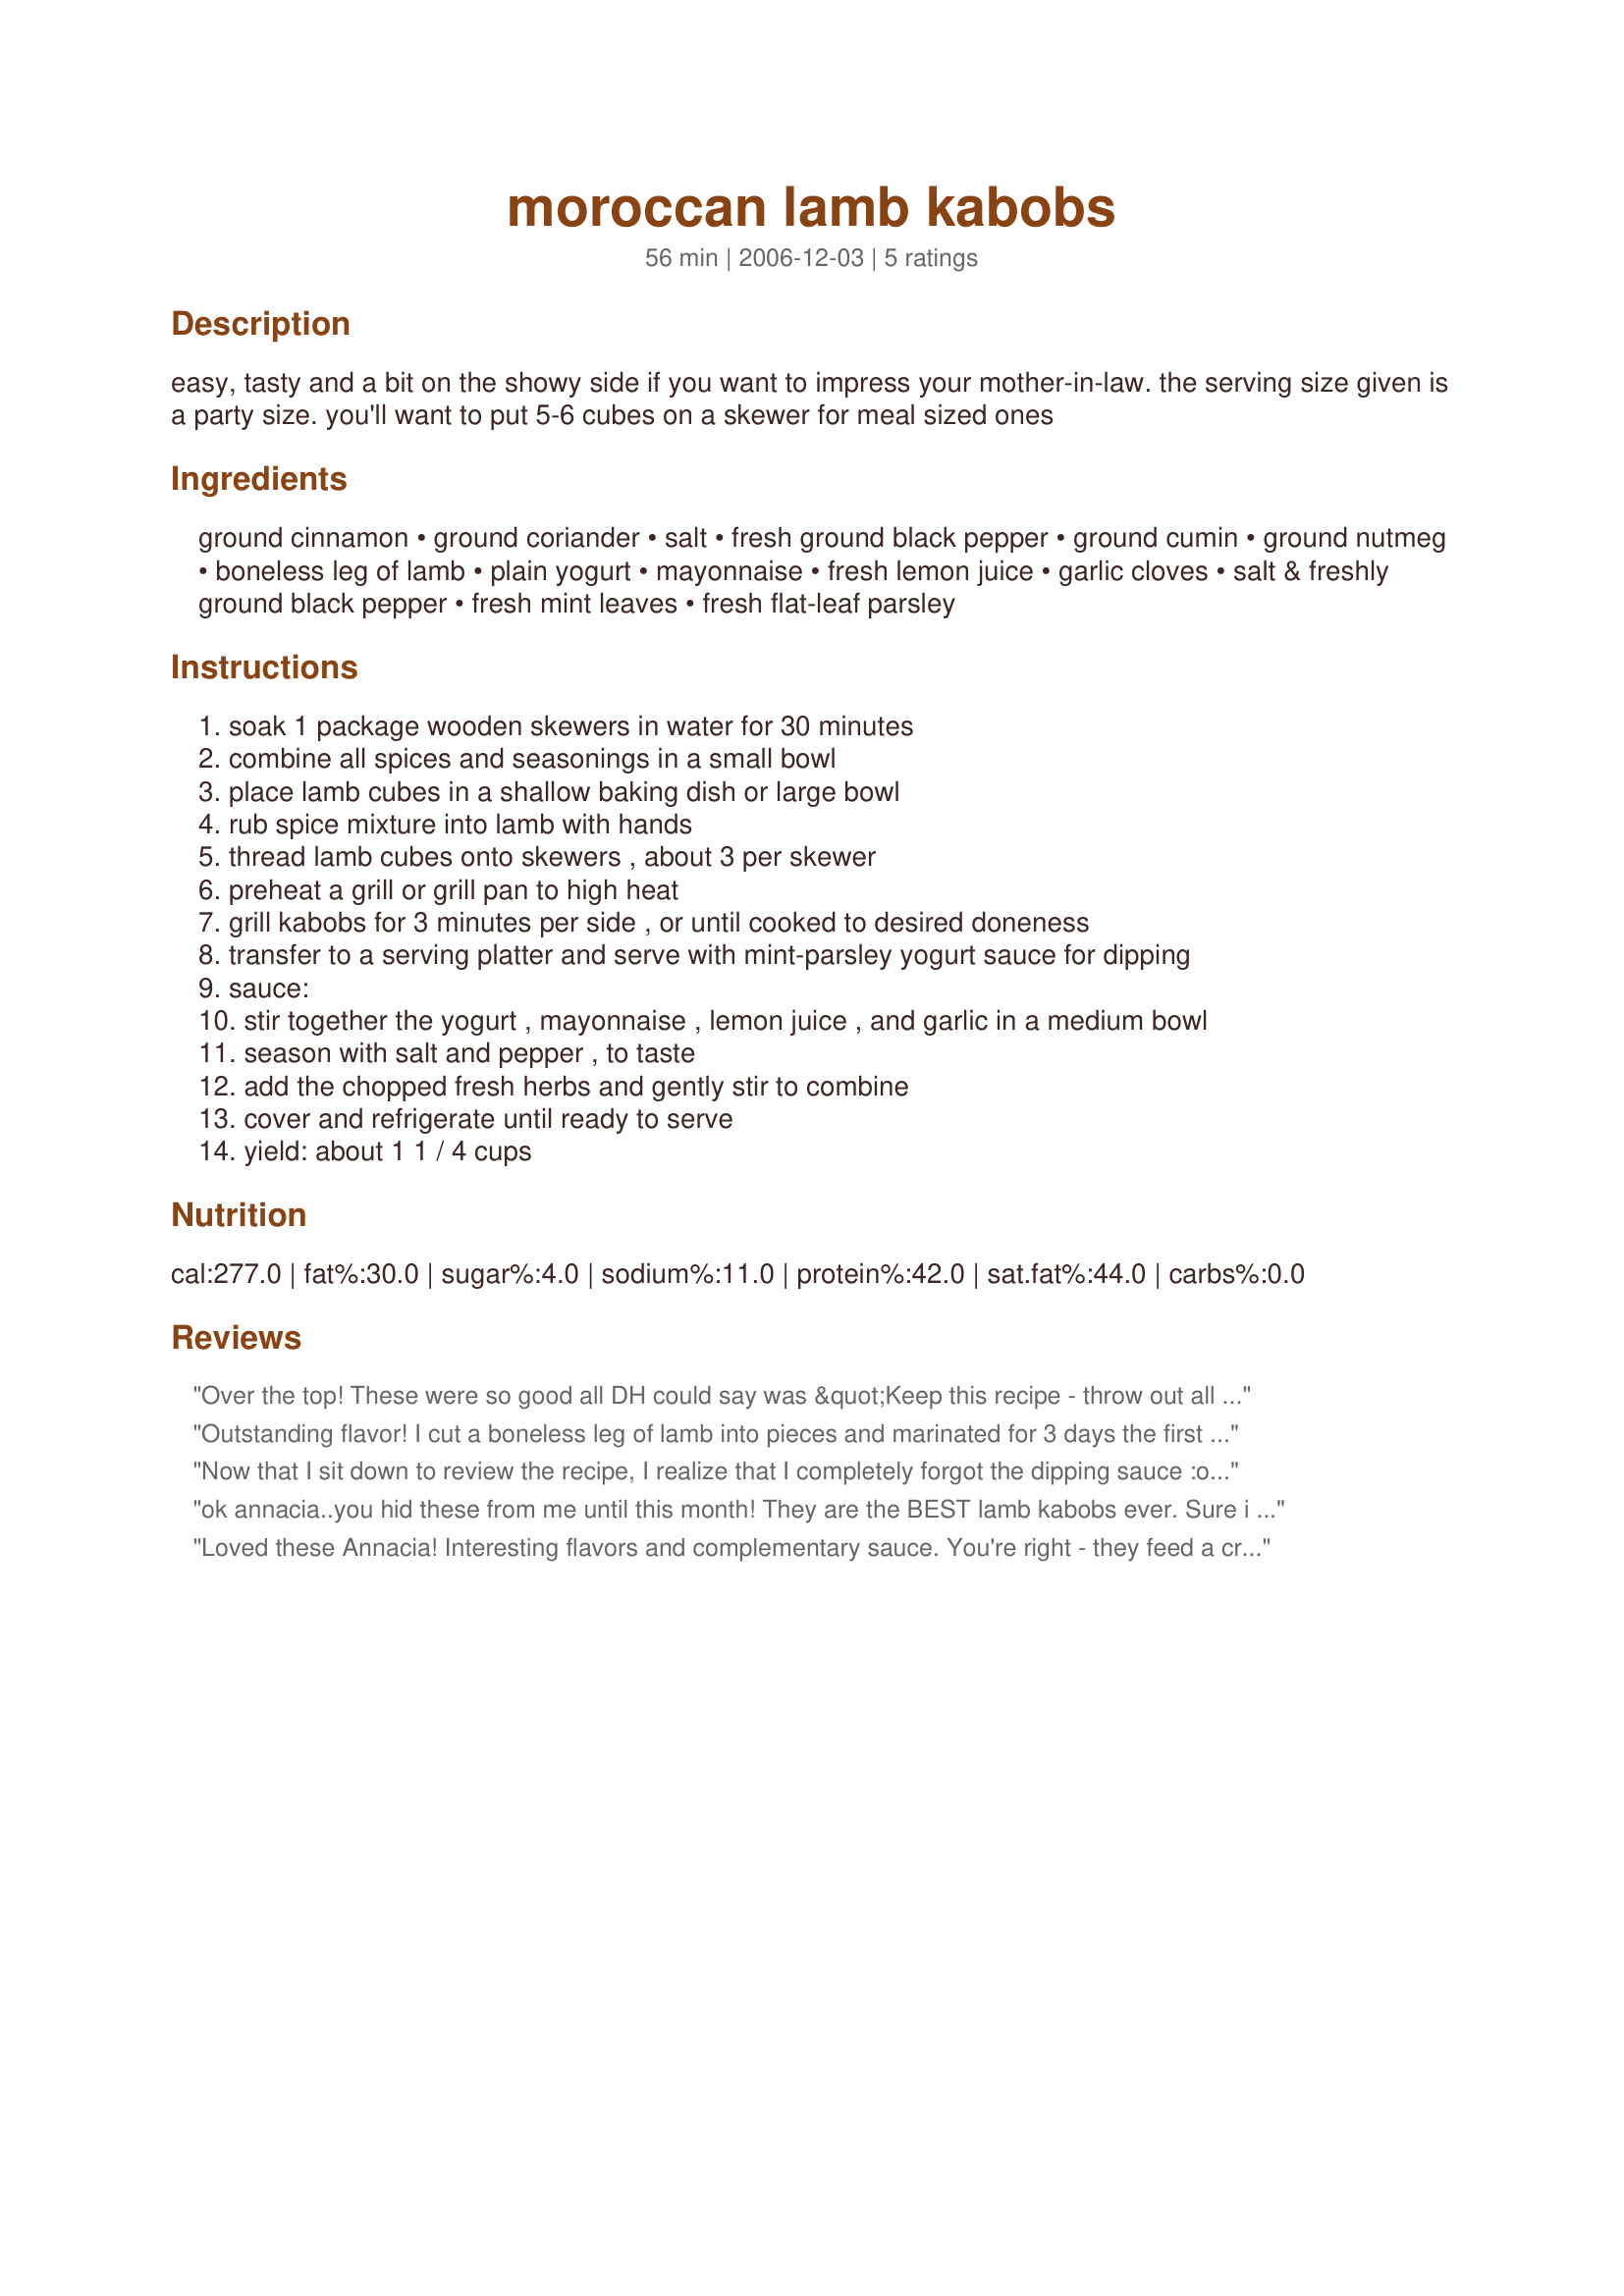
moroccan lamb kabobs
Preparation time: 56 minutes

easy, tasty and a bit on the showy side if you want to impress your mother-in-law. the serving size given is a party size. you'll want to put 5-6 cubes on a skewer for meal sized ones

Ingredients:
ground cinnamon, ground coriander, salt, fresh ground black pepper, ground cumin, ground nutmeg, boneless leg of lamb, plain yogurt, mayonnaise, fresh lemon juice, garlic cloves, salt & freshly ground black pepper, fresh mint leaves, fresh flat-leaf parsley

Steps:
soak 1 package wooden skewers in water for 30 minutes
combine all spices and seasonings in a small bowl
place lamb cubes in a shallow baking dish or large bowl
rub spice mixture into lamb with hands
thread lamb cubes onto skewers , about 3 per skewer
preheat a grill or grill pan to high heat
grill kabobs for 3 minutes per side , or until cooked to desired doneness
transfer to a serving platter and serve with mint-parsley yogurt sauce for dipping
sauce:
stir together the yogurt , mayonnaise , lemon juice , and garlic in a medium bowl
season with salt and pepper , to taste
add the chopped fresh herbs and gently stir to combine
cover and refrigerate until ready to serve
yield: about 1 1 / 4 cups

Reviews:
Over the top! These were so good all DH could say was &quot;Keep this recipe - throw out all the others.&quot; I followed the rub recipe exactly and let them sit in the fridge overnight. The flavors were over the top delicious. I did change up the yogurt as I only had cilantro and it was perfect but I will make a point of having mint in the house next time I make this. I did not grill but used the Char-Broil infrared cooker. What a perfect meal. Thank you for sharing!
Outstanding flavor! I cut a boneless leg of lamb into pieces and marinated for 3 days the first time I made it, 5 days the second time. I also cut larger chunks the second time since I was serving them as a part of a Middle Eastern themed dinner party. They got rave reviews both times.
Now that I sit down to review the recipe, I realize that I completely forgot the dipping sauce :oops: so let me just say that even without sauce, these kabobs are wonderful! The seasonings are a well balanced blend, with no one item overpowering the others.I was in a rush, so these sat with the rub on them for about 15 minutes before hitting the grill, and still, the flavors of the seasonings came through. I grilled for about 3 minutes per side for a perfect medium. Definitely a make again!
ok annacia..you hid these from me until this month! They are the BEST lamb kabobs ever. Sure i like rosemary and lemonjuice etc, but oh the flavors here...what a fabulous dish. Makes me think of bstilla without the work lol. I cut it in half, and i amgoing to eat all 1lb 1/2 myself tonight!
Loved these Annacia! Interesting flavors and complementary sauce. You're right - they feed a crowd so we'll invite someone over next time we make these ;) Thanks!
